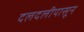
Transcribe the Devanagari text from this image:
दलदलीपासून